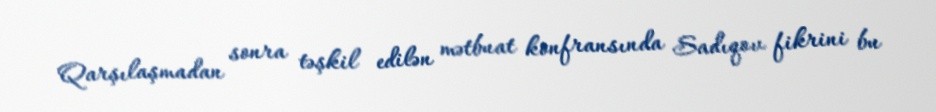
Qarşılaşmadan sonra təşkil edilən mətbuat konfransında Sadıqov fikrini bu